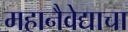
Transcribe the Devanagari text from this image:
महानैवेद्याचा